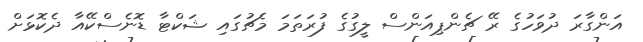
އަންގާރަ ދުވަހުގެ ރޭ ޗެންޕިއަންސް ލީގުގެ ފުރަތަމަ މެޗުގައި ޝަކްޓާ ޑޮނެސްކޭއާ ދެކޮޅަށް